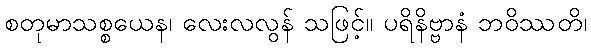
စတုမာသစ္စယေန၊ လေးလလွန် သဖြင့်။ ပရိနိဗ္ဗာနံ ဘဝိဿတိ၊